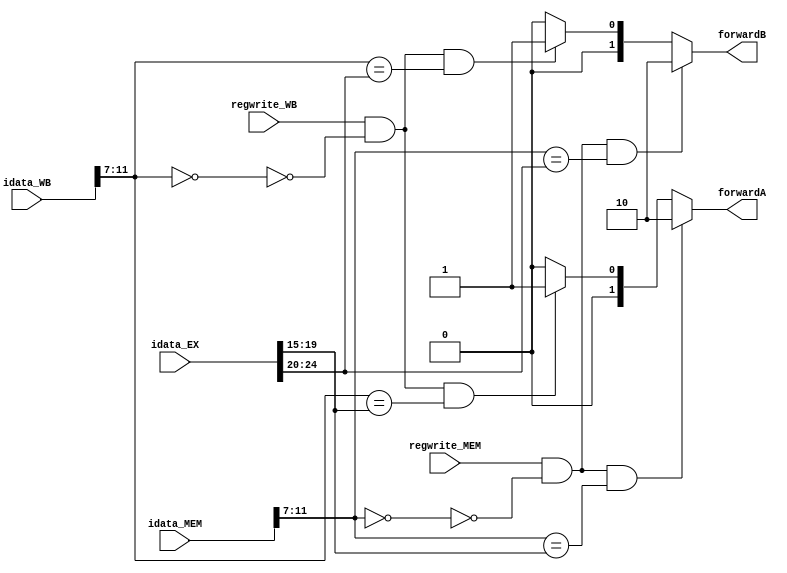
module forwarding_unit(
    input [31:0] idata_EX,
    input [31:0] idata_MEM,
    input [31:0] idata_WB,
    input regwrite_MEM,
    input regwrite_WB,
    output [1:0] forwardA,
    output [1:0] forwardB
    );
	 

assign forwardA = (regwrite_MEM && ~(idata_MEM[11:7]==0) && (idata_MEM[11:7] == idata_EX[19:15])) ? 2'b10 :
						(regwrite_WB && ~(idata_WB[11:7] == 0) && (idata_WB[11:7] == idata_EX[19:15])) ? 2'b01 : 2'b00;
						
assign forwardB = (regwrite_MEM && ~(idata_MEM[11:7] == 0) && (idata_MEM[11:7] == idata_EX[24:20])) ? 2'b10 :
						(regwrite_WB && ~(idata_WB[11:7] == 0) && (idata_WB[11:7] == idata_EX[24:20])) ? 2'b01 : 2'b00;
						
endmodule